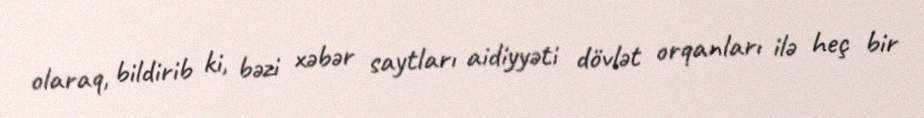
olaraq, bildirib ki, bəzi xəbər saytları aidiyyəti dövlət orqanları ilə heç bir